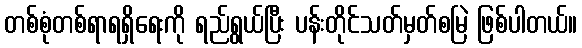
တစ်စုံတစ်ရာရရှိရေးကို ရည်ရွယ်ပြီး ပန်းတိုင်သတ်မှတ်စမြဲ ဖြစ်ပါတယ်။